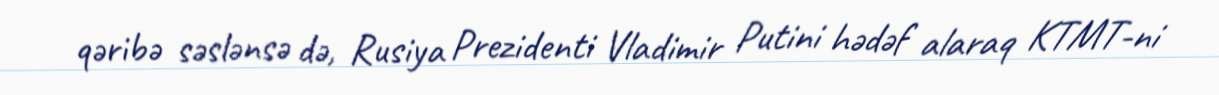
qəribə səslənsə də, Rusiya Prezidenti Vladimir Putini hədəf alaraq KTMT-ni